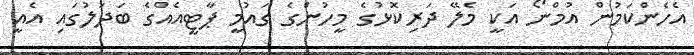
އެހެންކަމުން އުމްނޯ އަކީ މެލޭ ދަރިކޮޅުގެ މީހުންގެ ގައުމީ ޕާޓީއެއްގެ ބަދަލުގައި އެއީ